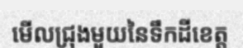
មើលជ្រុងមួយនៃទឹកដីខេត្ត